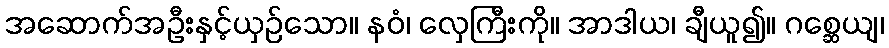
အဆောက်အဦးနှင့်ယှဉ်သော။ နဝံ၊ လှေကြီးကို။ အာဒါယ၊ ချီယူ၍။ ဂစ္ဆေယျ၊